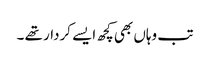
تب وہاں بھی کچھ ایسے کردار تھے ۔